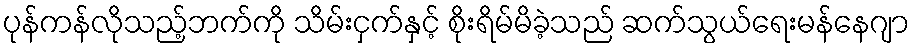
ပုန်ကန်လိုသည့်ဘက်ကို သိမ်းငှက်နှင့် စိုးရိမ်မိခဲ့သည် ဆက်သွယ်ရေးမန်နေဂျာ